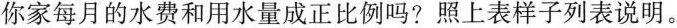
你家每月的水费和用水量成正比例吗?照上表样子列表说明。